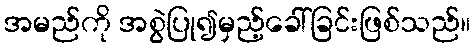
အမည်ကို အစွဲပြု၍မှည့်ခေါ်ခြင်းဖြစ်သည်။